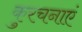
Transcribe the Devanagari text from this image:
कुरचनाएं